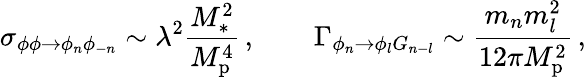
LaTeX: \sigma_{\phi\phi\rightarrow\phi_{n}\phi_{-n}}\sim\lambda^{2}\frac{M_{\ast}^{2}}{M_{\mathrm{p}}^{4}}\, ,\quad\quad\Gamma_{\phi_{n}\rightarrow\phi_{l}G_{n-l}}\sim\frac{m_{n}m_{l}^{2}}{12\pi M_{\mathrm{p}}^{2}}\, ,